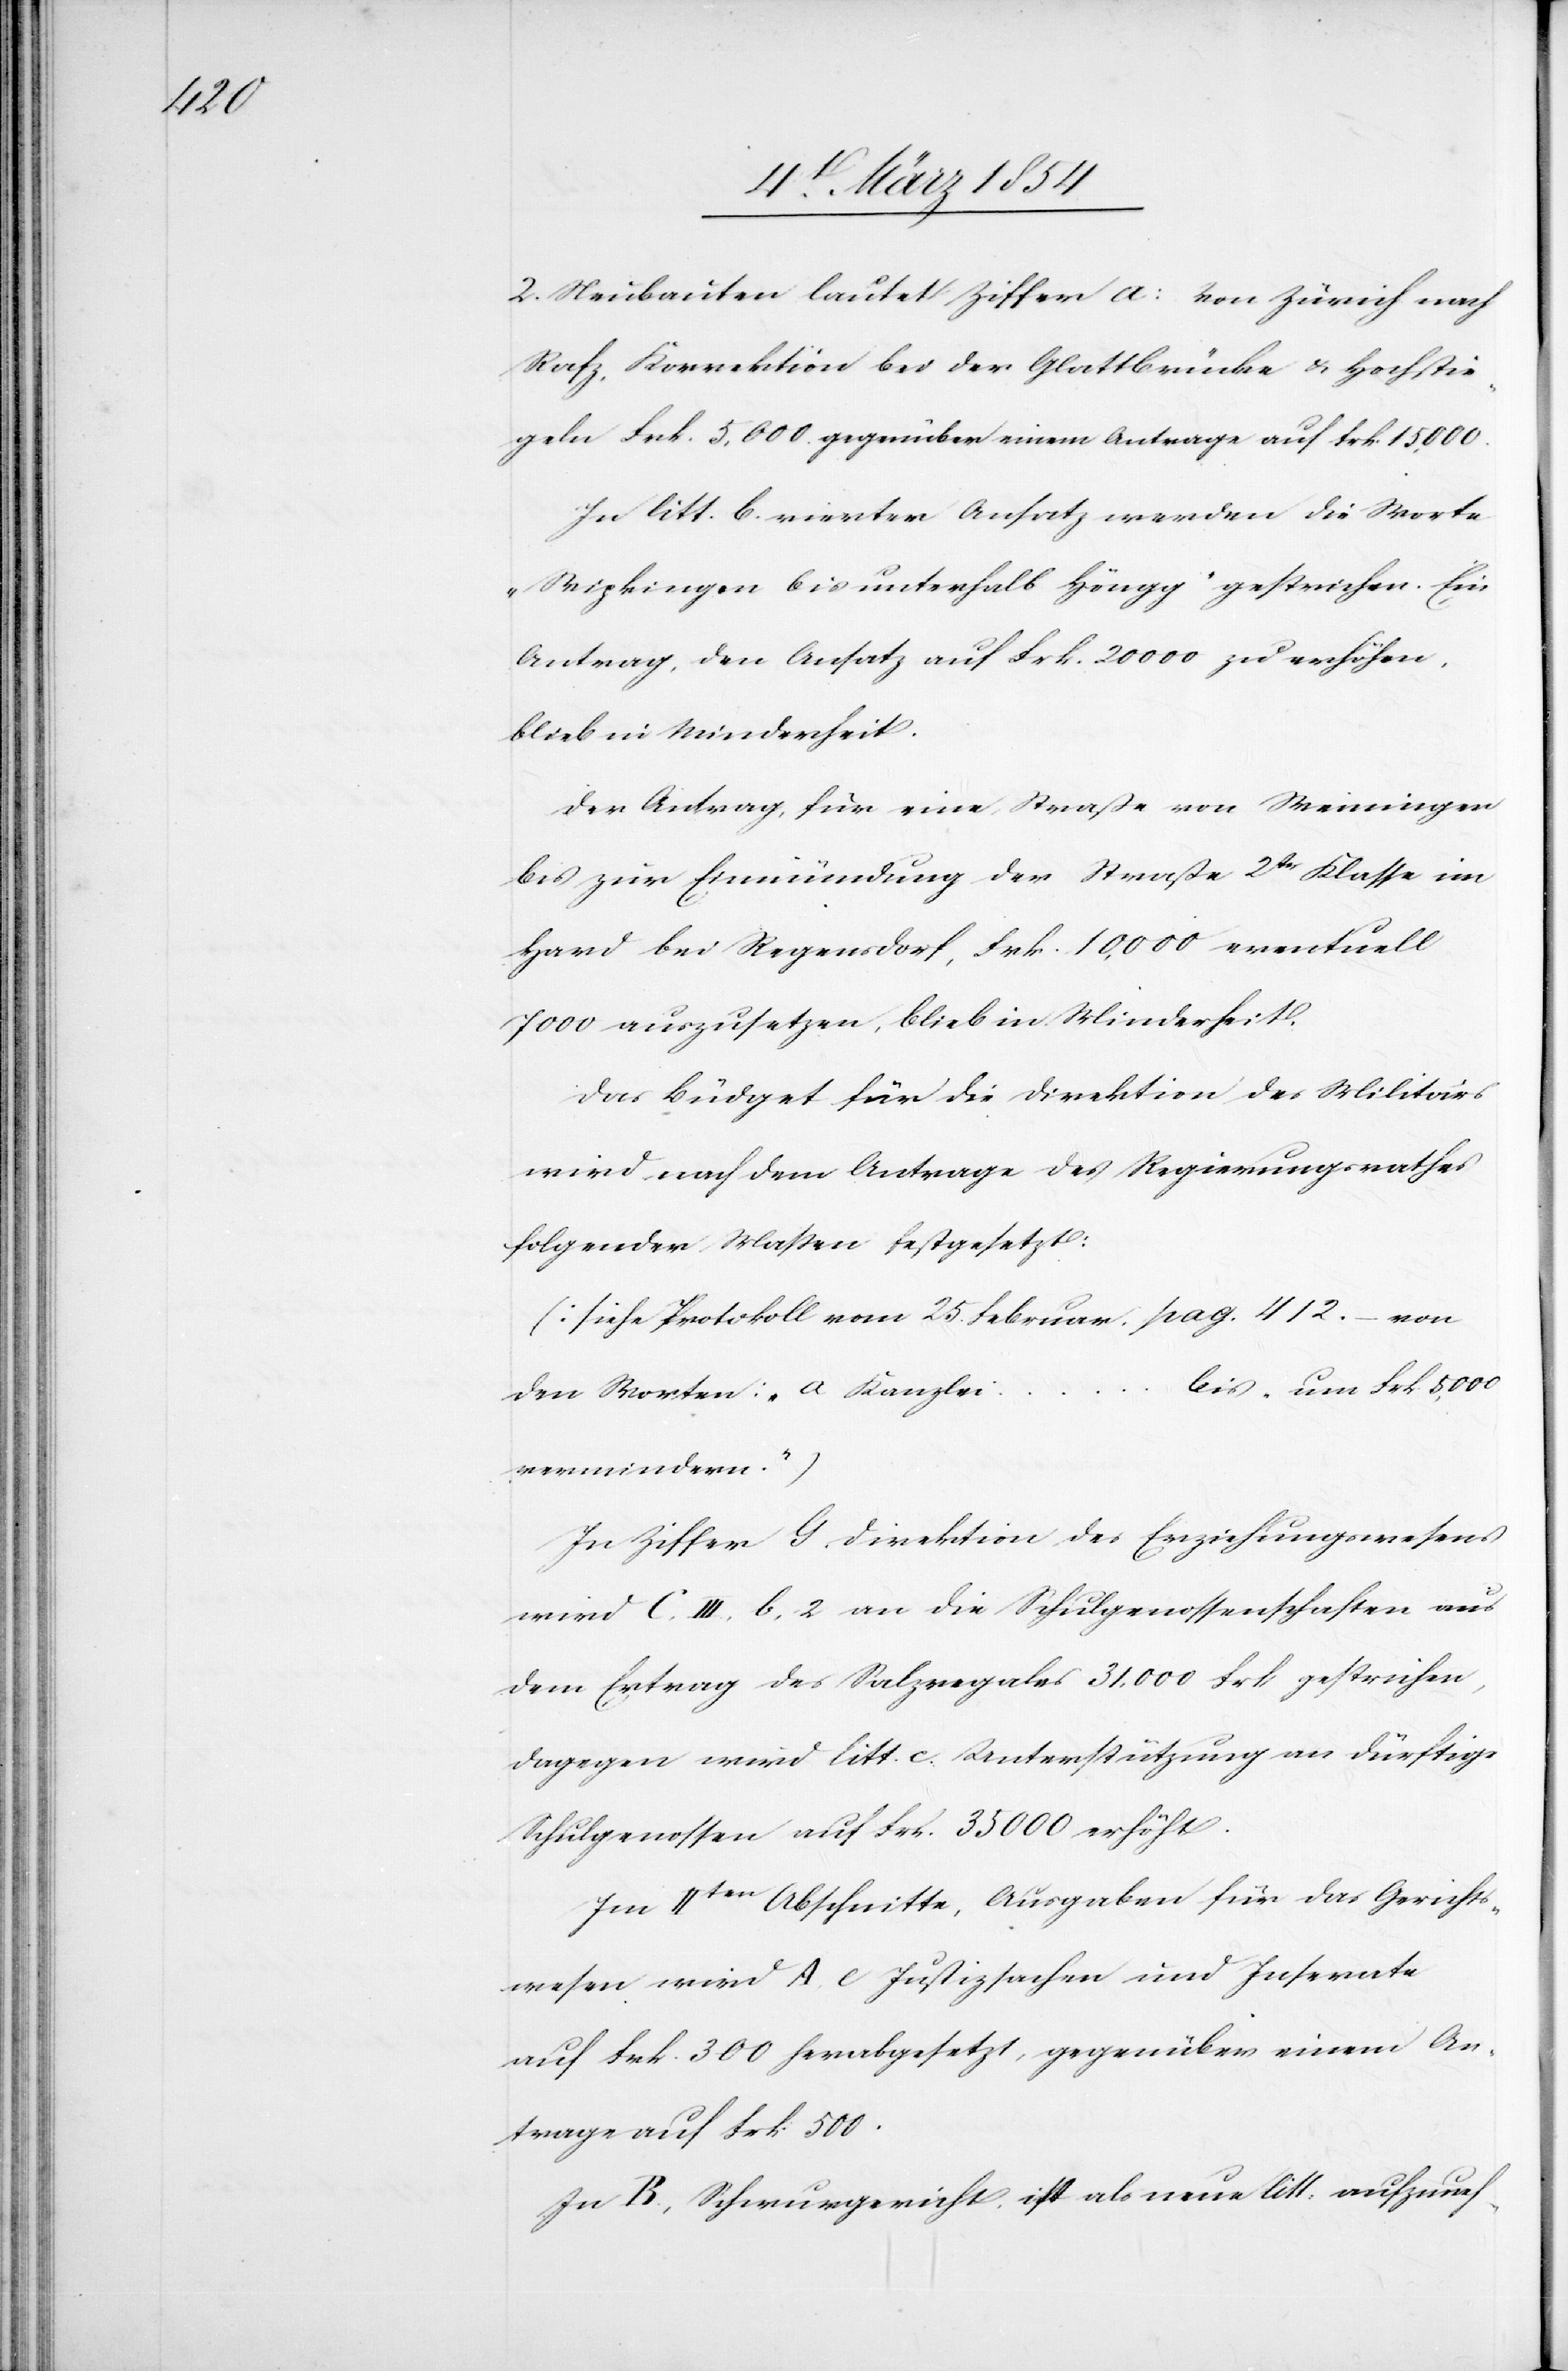
2. Nachbauten lautet Ziffer A: Von Zürich nach
Rafz, Korrektion bei der Glattbrücke & Hochstie¬
geln Frk. 5,000 gegenüber einem Antrage auf Frk. 15, 000.
In litt. b. vierter Ansatz werden die Worte
„Wipkingen bis unterhalb Höngg“ gestrichen. Ein
Antrag, den Ansatz auf Frk. 20 00 zu erhöhen,
blieb in Minderheit.
Der Antrag, für eine Straße von Weiningen
bis zur Einmündung der Straße 2tr Klasse im
Hard bei Regensdorf, Frk. 10, 000 eventuell
7000 auszusetzen, blieb in Minderheit.
Das Büdget für die Direktion des Militärs
wird nach dem Antrage des Regierungsrathes
folgender Maßen festgesetzt:
(siehe Protokoll vom 25. Februar. pag. 412. – von
bis „um Frk. 5,000
den Worten: „a Kanzlei
vermindern.“)
In Ziffer G. Direktion des Erziehungswesens
wird c. III. b. 2 an die Schulgenossenschaften aus
dem Ertrag des Salzregales 31, 000 Frk gestrichen,
dagegen wird litt. c. Unterstützung an dürftige
Schulgenossen auf Frk. 35 000 erhöht.
Im IIten Abschnitt, Ausgaben für das Gerichts¬
wesen wird A, e Justizsachen und Inserate
auf Frk. 300 herabgesetzt, gegenüber einem An¬
trage auf Frk. 500.
In B, Schwurgericht, ist als neue litt: aufzuneh-